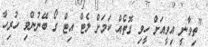
''ތިވާނީ އިވީއަށް ހީވި ގޮތެއް ކަމަށް ލެޓް އިޓް ގޯ ބޭނުންވި ހުރިހާ